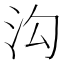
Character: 沟